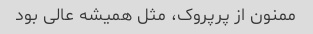
ممنون از پرپروک، مثل همیشه عالی بود